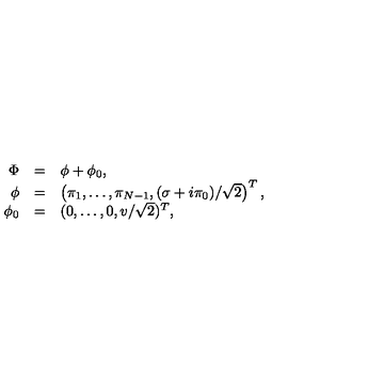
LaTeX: \begin{array} { r c l } { \Phi } & { = } & { \phi + \phi _ { 0 } , } \\ { \phi } & { = } & { \left( \pi _ { 1 } , \dots , \pi _ { N - 1 } , ( \sigma + i \pi _ { 0 } ) / \sqrt { 2 } \right) ^ { T } , } \\ { \phi _ { 0 } } & { = } & { ( 0 , \dots , 0 , v / \sqrt { 2 } ) ^ { T } , } \\ \end{array}